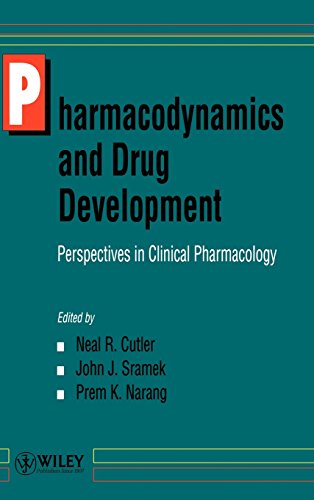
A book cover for Pharmacodynamics and Drug Development: Perspectives in Clinical Pharmacology; Medical Books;